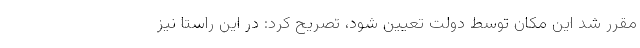
مقرر شد این مکان توسط دولت تعیین شود، تصریح کرد: در این راستا نیز